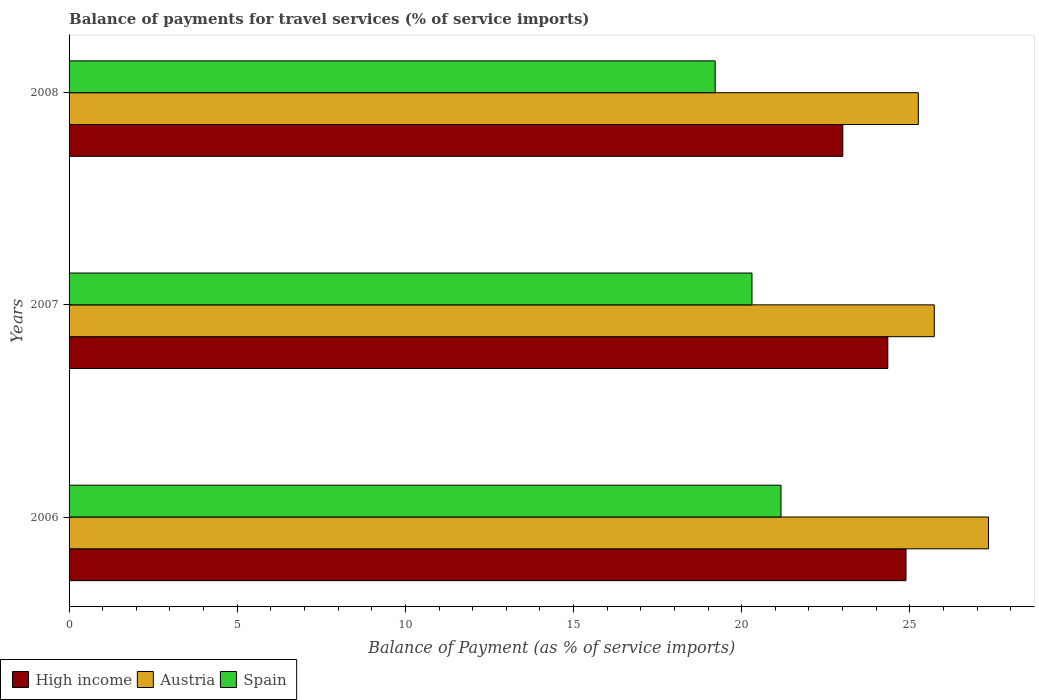
| Years | High income | Austria | Spain |
 | --- | --- | --- | --- |
 | 2006 | 24.9 | 27.3 | 21.2 |
 | 2007 | 24.3 | 25.7 | 20.3 |
 | 2008 | 23 | 25.3 | 19.2 |